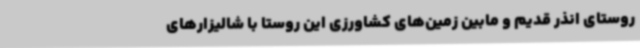
روستای انذر قدیم و مابین زمین‌های کشاورزی این روستا با شالیزارهای